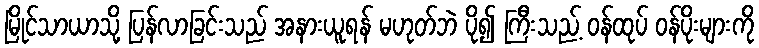
မြိုင်သာယာသို့ ပြန်လာခြင်းသည် အနားယူရန် မဟုတ်ဘဲ ပို၍ ကြီးသည့် ဝန်ထုပ် ဝန်ပိုးများကို